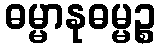
ဓမ္မာနုဓမ္မဉ္စ